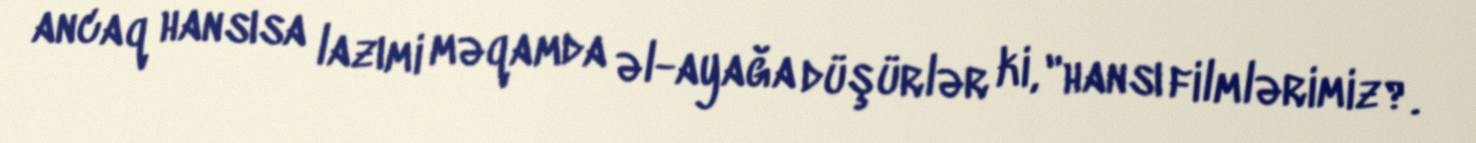
ancaq hansısa lazımi məqamda əl-ayağa düşürlər ki, "hansı filmlərimiz?.